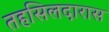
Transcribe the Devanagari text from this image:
तहसिलदारास